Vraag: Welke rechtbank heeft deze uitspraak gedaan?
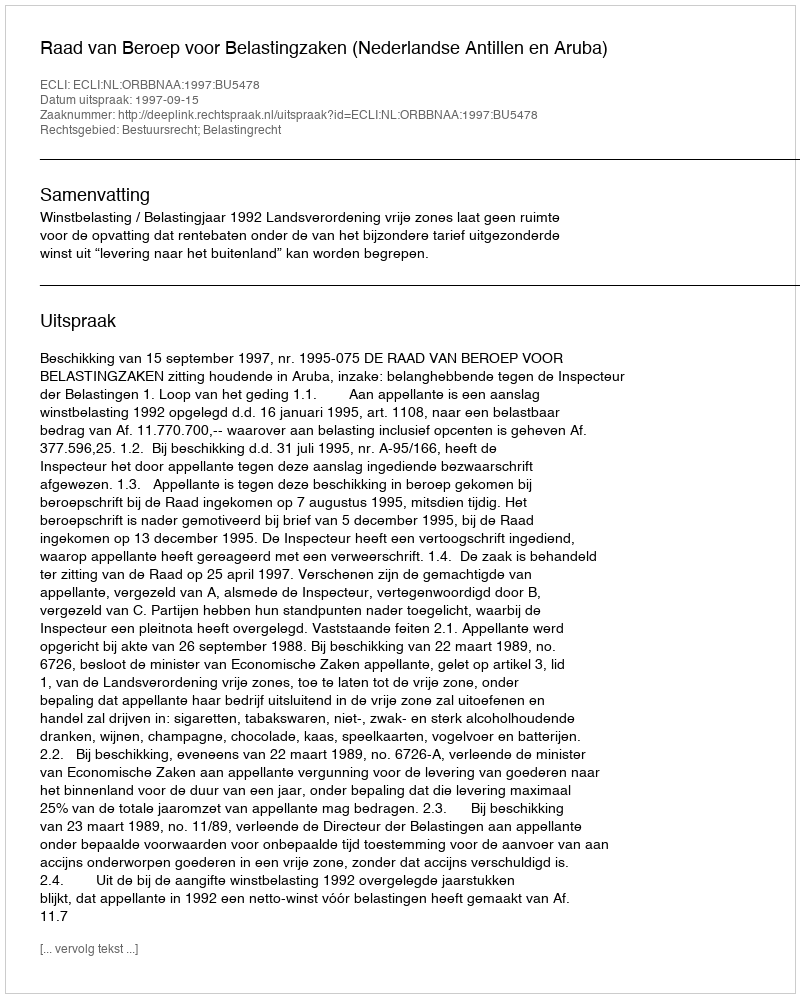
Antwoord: Raad van Beroep voor Belastingzaken (Nederlandse Antillen en Aruba)